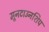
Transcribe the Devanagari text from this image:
मूनटाउनशिप